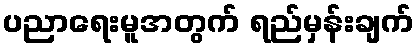
ပညာရေးမူအတွက် ရည်မှန်းချက်